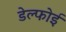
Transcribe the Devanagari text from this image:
डेल्फोई